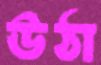
ঊঠা